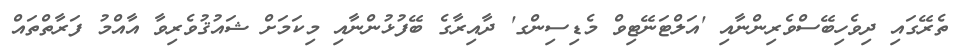
ތެރޭގައި ދިވެހިބޭސްވެރިންނާއި 'އަލްޓަނޭޓިވް މެޑިސިންގ' ދާއިރާގެ ބޭފުޅުންނާއި މިކަމަށް ޝައުޤުވެރިވާ އާއްމު ފަރާތްތައް